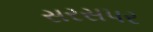
સરસપર